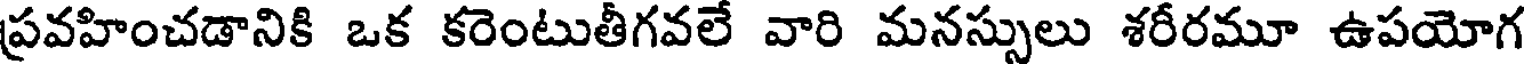
ప్రవహించడానికి ఒక కరెంటుతీగవలే వారి మనస్సులు శరీరమూ ఉపయోగ